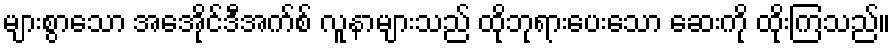
များစွာသော အေအိုင်ဒီအက်စ် လူနာများသည် ထိုဘုရားပေးသော ဆေးကို ထိုးကြသည်။